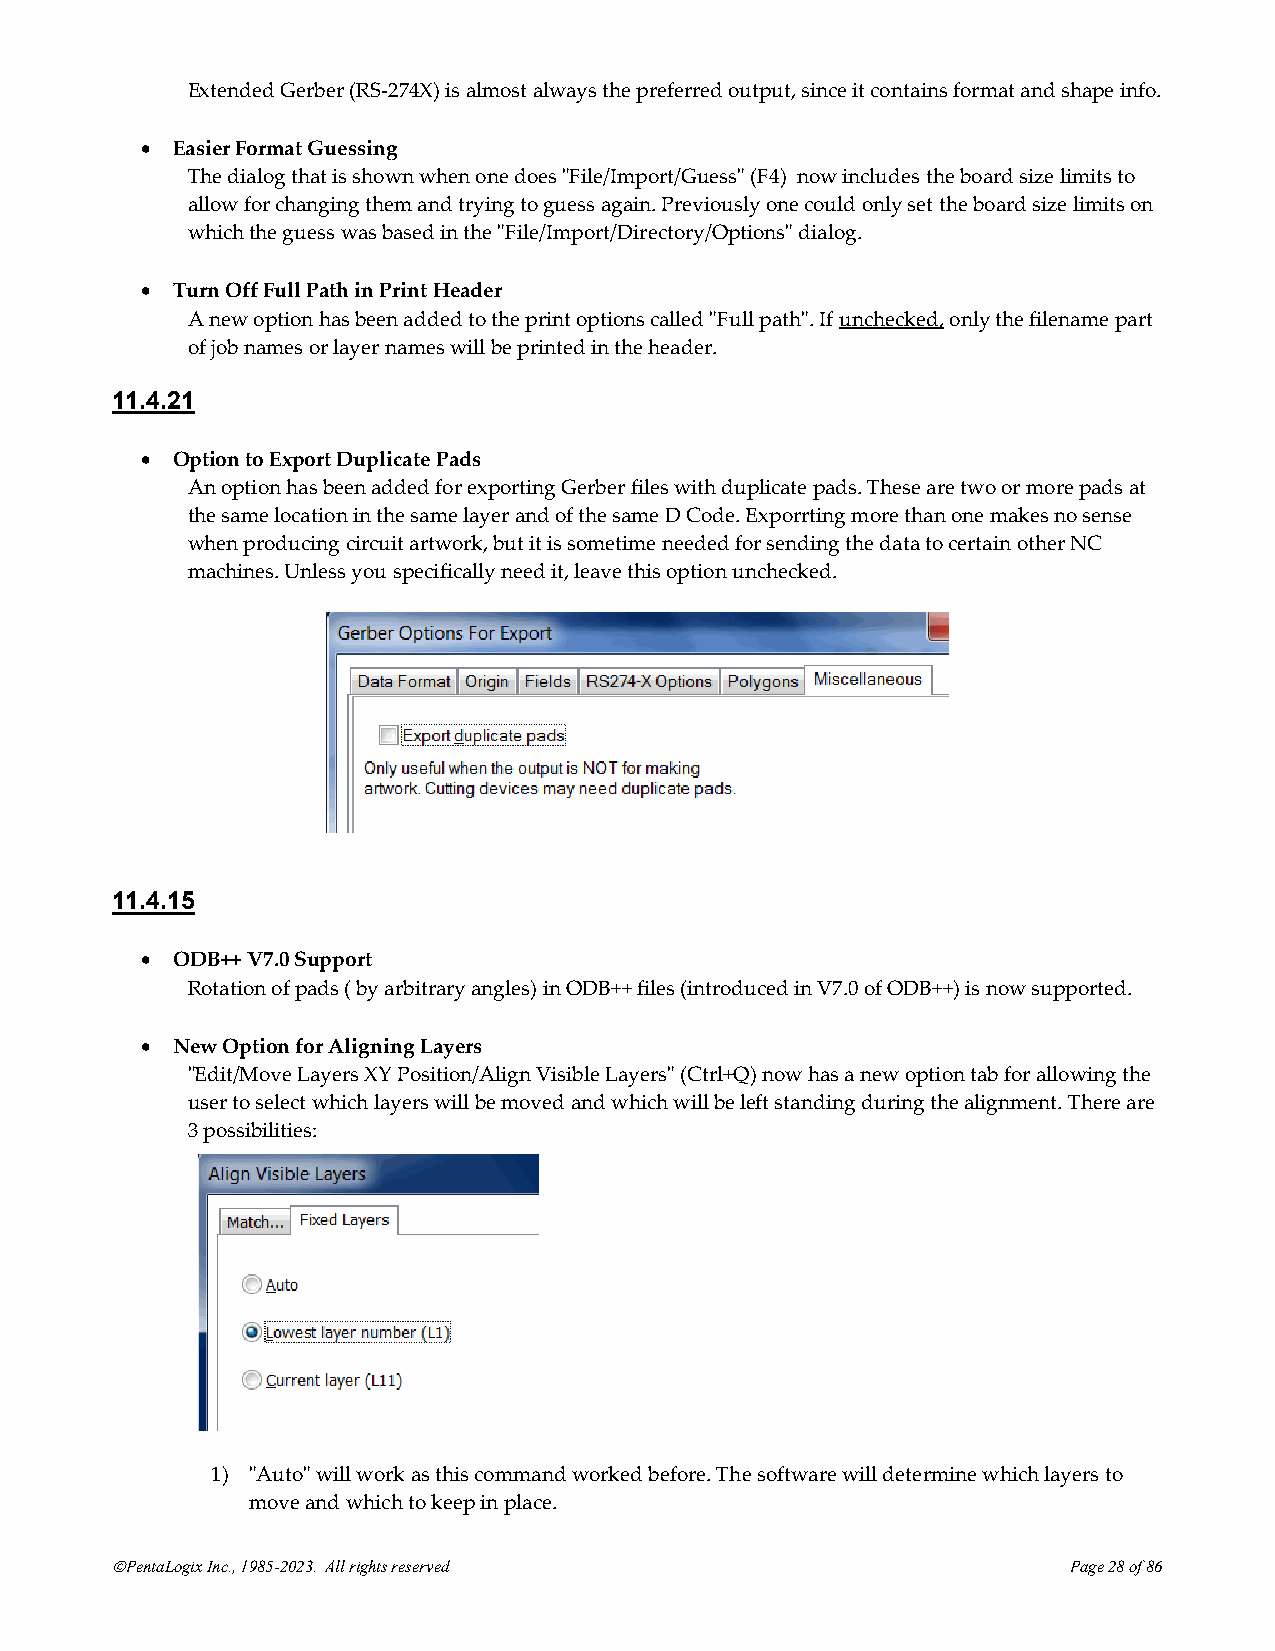
Extended Gerber (RS-274X) is almost always the preferred output, since it contains format and shape info.
 • Easier Format Guessing
 The dialog that is shown when one does "File/Import/Guess" (F4) now includes the board size limits to
 allow for changing them and trying to guess again. Previously one could only set the board size limits on
 which the guess was based in the "File/Import/Directory/Options" dialog.
 • Turn Off Full Path in Print Header
 A new option has been added to the print options called "Full path". If unchecked, only the filename part
 of job names or layer names will be printed in the header.
 11.4.21
 • Option to Export Duplicate Pads
 An option has been added for exporting Gerber files with duplicate pads. These are two or more pads at
 the same location in the same layer and of the same D Code. Exporrting more than one makes no sense
 when producing circuit artwork, but it is sometime needed for sending the data to certain other NC
 machines. Unless you specifically need it, leave this option unchecked.
 11.4.15
 • ODB++ V7.0 Support
 Rotation of pads ( by arbitrary angles) in ODB++ files (introduced in V7.0 of ODB++) is now supported.
 • New Option for Aligning Layers
 "Edit/Move Layers XY Position/Align Visible Layers" (Ctrl+Q) now has a new option tab for allowing the
 user to select which layers will be moved and which will be left standing during the alignment. There are
 3 possibilities:
 1) "Auto" will work as this command worked before. The software will determine which layers to
 move and which to keep in place.
 ©PentaLogix Inc., 1985-2023. All rights reserved                Page 28 of 86